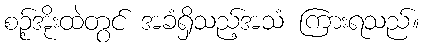
စဉ့်အိုးထဲတွင် အခံရှိသည့်အသံ ကြားရသည်။